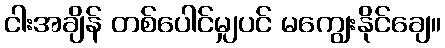
ငါးအချိန် တစ်ပေါင်မျှပင် မကျွေးနိုင်ချေ။